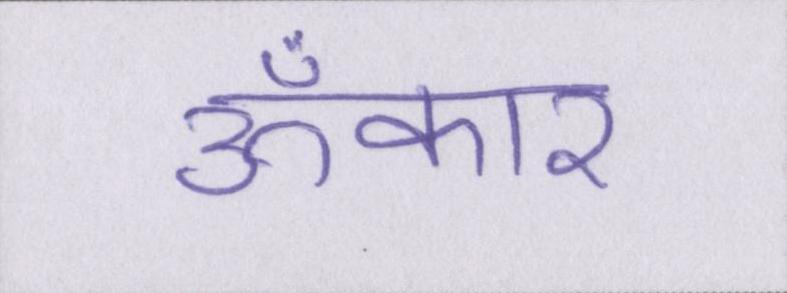
ॐकार